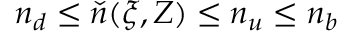
n _ { d } \le \check { n } ( \xi , Z ) \le n _ { u } \le n _ { b }